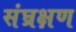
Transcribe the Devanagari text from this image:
संघ्रक्षण